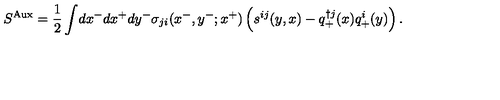
S ^ { \mathrm { A u x } } = \frac { 1 } { 2 } \int \! d x ^ { - } d x ^ { + } d y ^ { - } \sigma _ { j i } ( x ^ { - } , y ^ { - } ; x ^ { + } ) \left( s ^ { i j } ( y , x ) - q _ { + } ^ { \dag j } ( x ) q _ { + } ^ { i } ( y ) \right) .